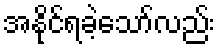
အနိုင်ရခဲ့သော်လည်း